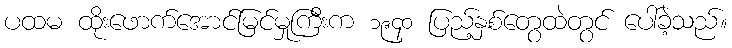
ပထမ ထိုးဖောက်အောင်မြင်မှုကြီးက ၁၉၄၀ ပြည့်နှစ်တွေထဲတွင် ပေါ်ခဲ့သည်။